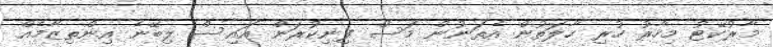
މާރުކޭޓު މިހާރު ހުރި ހާލަތުން އެތަނުން މަސް ފިނިކުރަން އައިސް ލިބޭނެ އިންތިޒާމެއް